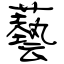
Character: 藝